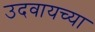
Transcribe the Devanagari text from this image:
उदवायच्या